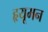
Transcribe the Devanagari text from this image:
हृयूमन